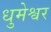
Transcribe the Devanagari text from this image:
धुमेश्वर